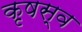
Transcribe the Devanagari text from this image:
कृषस्व